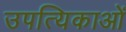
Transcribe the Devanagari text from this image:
उपत्यिकाओं